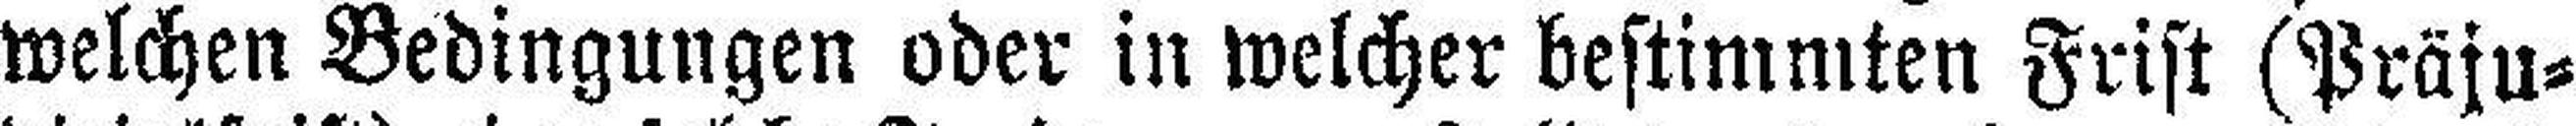
welchen Bedingungen oder in welcher bestimmten Frist (Präju¬